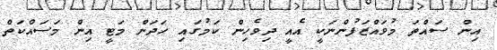
އިން ސައްތަ މުވައްޒަފުންނަކީ އެއީ ދިވެހިން ކަމުގައި ހަދަން މަޓީ އިން މަސައްކަތް